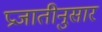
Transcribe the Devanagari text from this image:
प्रजातीनुसार